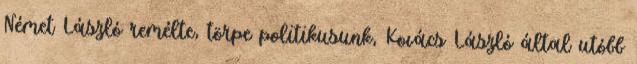
Német László remélte, törpe politikusunk, Kovács László által utóbb